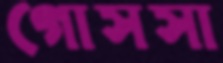
গোসসা